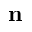
\mathbf n